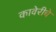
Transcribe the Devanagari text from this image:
कावेरीचे